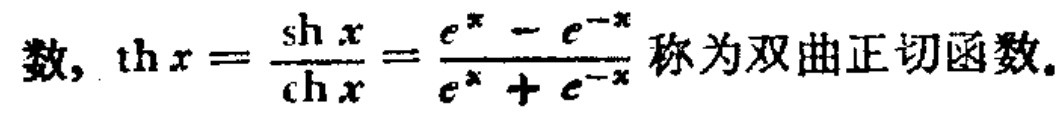
数, $\text{th }x = \frac{\text{sh }x}{\text{ch }x}=\frac{e^{x}-e^{-x}}{e^{x}+e^{-x}}$ 称为双曲正切函数.